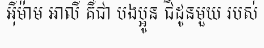
អ៊ីម៉ាម អាលី គឺជា បងប្អូន ជីដូនមួយ របស់